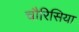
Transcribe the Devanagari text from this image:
चौरिसिया